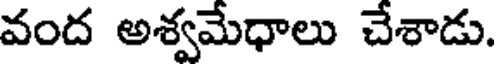
వంద అశ్వమేధాలు చేశాడు.